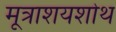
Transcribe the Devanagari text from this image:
मूत्राशयशोथ